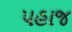
પહાજ